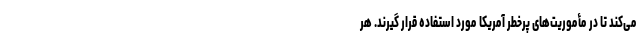
می‌کند تا در مأموریت‌های پرخطر آمریکا مورد استفاده قرار گیرند. هر